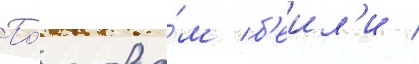
По́ слова́м б'еил'и /